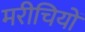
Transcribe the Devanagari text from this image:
मरीचियों